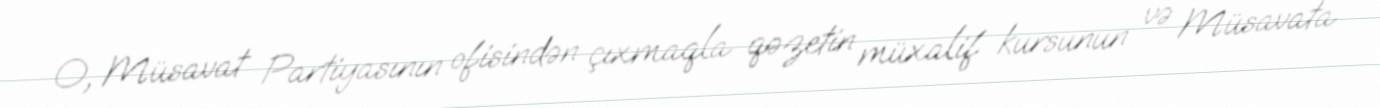
O, Müsavat Partiyasının ofisindən çıxmaqla qəzetin müxalif kursunun və Müsavata